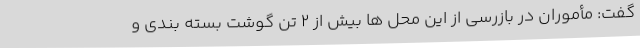
گفت: مأموران در بازرسی از این محل ها بیش از 2 تن گوشت بسته بندی و